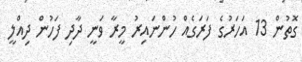
ގޮތުން 13 އަހަރުގެ ފަރަގެއް ހުންނައިރު މީރާ ވަނީ ދާދި ފަހުން ދިއްލީ